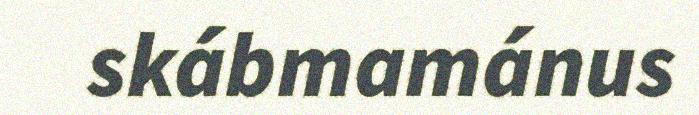
skábmamánus